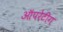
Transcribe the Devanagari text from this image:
ऑपरेटीग